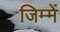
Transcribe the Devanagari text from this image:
जिम्‍में